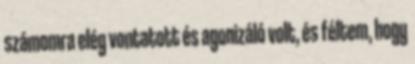
számomra elég vontatott és agonizáló volt, és féltem, hogy